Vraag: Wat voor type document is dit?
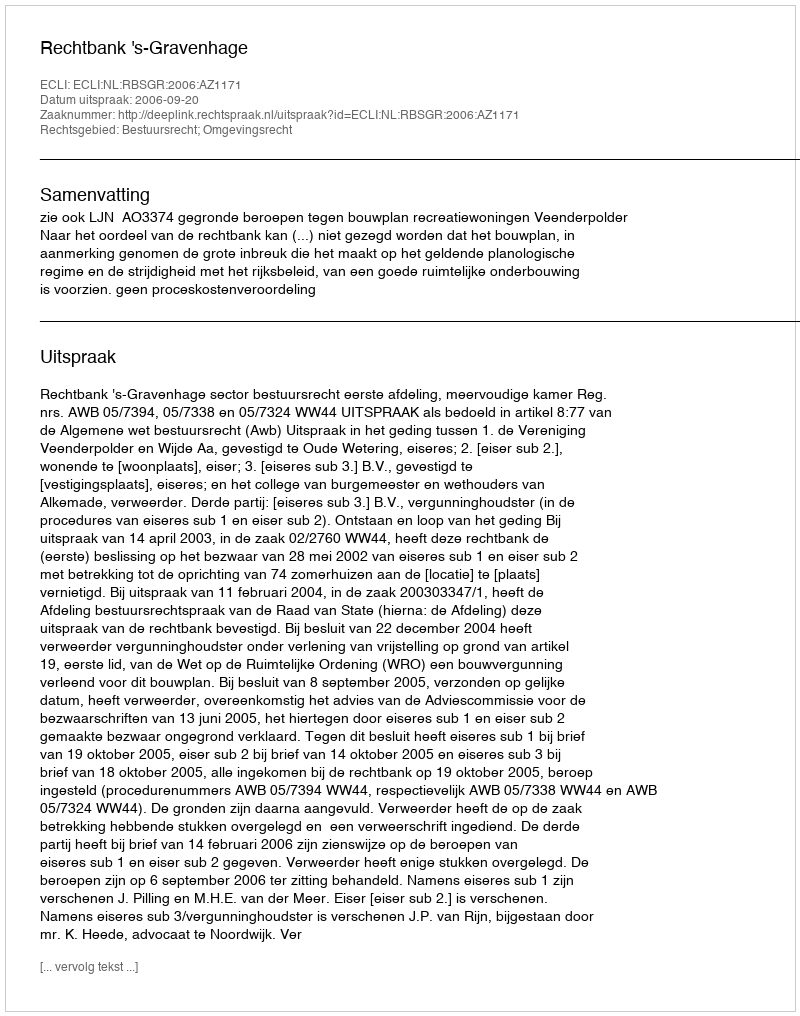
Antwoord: Uitspraak